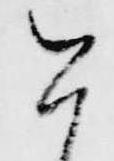
今